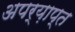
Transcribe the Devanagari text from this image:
अपर्य़ाप्त